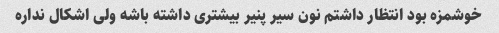
خوشمزه بود انتظار داشتم نون سیر پنیر بیشتری داشته باشه ولی اشکال نداره